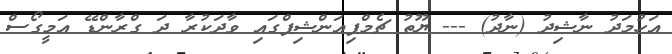
އަހުމަދު ނާޝިދު (ނާދު) --- ޔޫތު ޗެމްޕިއަންޝިޕްގައި ވާދަކުރާ ދަ ގްރާންޑޭ އަމީގޯސް